Document type: Sale
Year: 1305
Scribe: Bernat de Vilarúbia
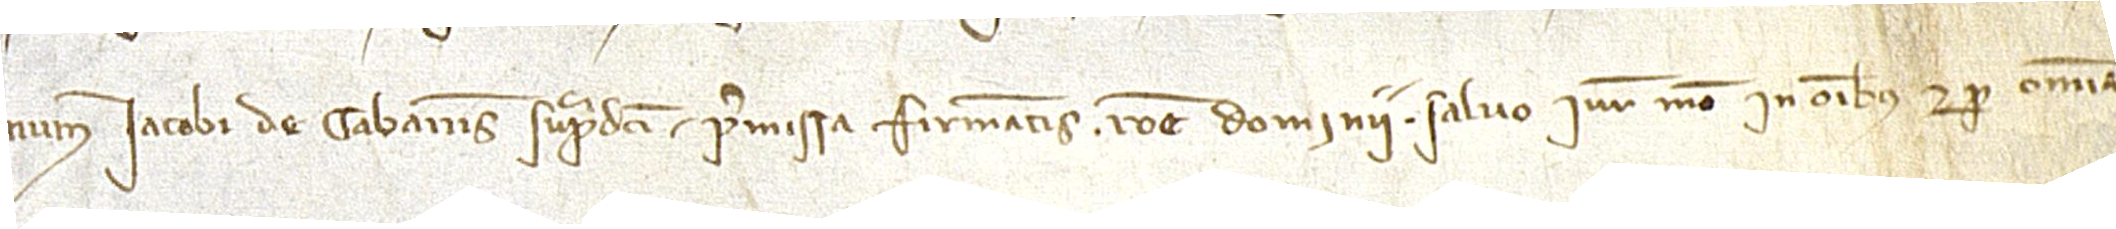
num Iacobi de Cabaneis supradicti, premissa firmantis ratione dominii, salvo iure meo in omnibus et per omnia.